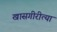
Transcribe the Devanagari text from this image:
खासगीरीत्या